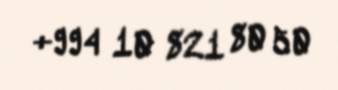
+994 10 821 80 50